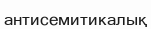
антисемитикалық